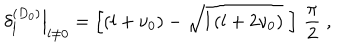
\left. \delta _ { l } ^ { ( D _ { 0 } ) } \right| _ { l \neq 0 } = \left[ \left( l + \nu _ { 0 } \right) - \sqrt { l \left( l + 2 \nu _ { 0 } \right) } \; \right] \, \frac { \pi } { 2 } \; ,